Statistics compiled by the Government of India from the reports of provincial Civil Veterinary Departments
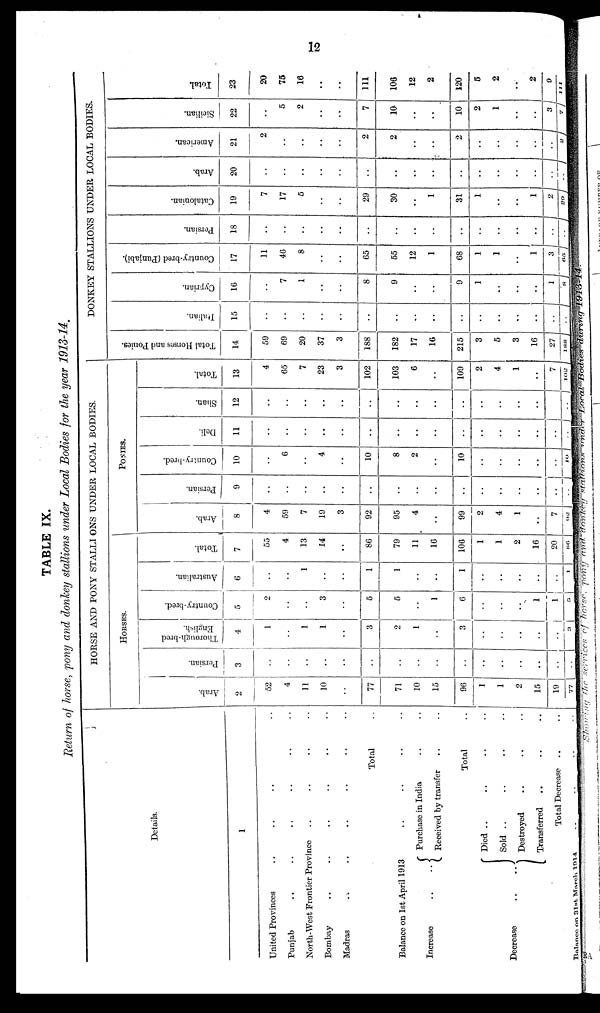
12
TABLE IX.
Return of horse, pony and donkey stallions under Local Bodies for the year 1913-14.
Details.
1
United Provinces .. .. .. ..
Punjab .. .. .. .. ..
North-West Frontier Pro
vince .. .. ..
Bombay .. .. .. ..
Madras .. .. .. .. ..
Total ..
Balance on 1st April 1913 .. .. .. ..
Increase
..
..
Purchase
in India .. ..
Received by transfer .. ..
Total ..
Decrease
..
..
Died .. .. .. ..
Sold
.. .. .. ..
Destroyed .. .. ..
Transferred .. .. .. ..
Total Decrease .. ..
Balance on 31st March 1914. .. .. .. ..
HORSE AND PONY STALLI ONS UNDER LOCAL BODIES.
HORSES.
Arab.
2
52
4
11
10
..
77
71
10
15
96
1
1
2
15
19
77
Persian.
3
..
..
..
..
..
..
..
..
..
..
..
..
..
..
..
Thorough-bred
English.
4
1
..
1
1
..
3
2
1
..
3
..
..
..
..
..
3
Country-bred.
5
2
..
..
3
..
5
5
..
1
6
..
..
..
1
1
5
Australian.
6
..
..
1
..
..
1
1
..
..
1
..
..
..
..
..
..
Total.
7
55
4
13
14
..
86
79
11
16
106
1
1
2
16
20
86
PONIES.
Arab.
8
4
59
7
19
3
92
95
4
..
99
2
4
1
..
7
92
Persian.
9
..
..
..
..
..
..
..
..
..
..
..
..
..
..
..
..
Country-bred.
10
..
6
..
4
..
10
8
2
..
10
..
..
..
..
..
10
Deli.
11
..
..
..
..
..
..
..
..
..
..
..
..
..
..
..
..
Shan.
12
..
..
..
..
..
..
..
..
..
..
..
..
..
..
..
..
Total.
13
4
65
7
23
3
102
103
6
..
109
2
4
1
..
7
102
DONKEY STALLIONS UNDER LOCAL BODIES.
Total Horses and Ponies.
14
59
69
20
37
3
188
182
17
16
215
3
5
3
16
27
188
Italian.
15
..
..
..
..
..
..
..
..
..
..
..
..
..
..
..
Cyprian.
16
..
7
1
..
..
8
9
..
..
9
1
..
..
..
1
8
Country-bred (Punjabi).
17
11
46
8
..
..
65
55
12
1
68
1
1
..
1
3
65
Per s i
an.
18
..
..
..
..
..
..
..
..
..
..
..
..
..
..
..
..
Cat al oni an.
19
7
17
5
..
..
29
30
..
1
31
1
..
..
1
2
29
Ar ab.
20
..
..
..
..
..
..
..
..
..
..
..
..
..
..
..
..
Ame r
i
c a n.
21
2
..
..
..
..
2
2
..
..
2
..
..
..
2
Si ci l i an.
22
..
5
2
..
..
7
10
..
..
10
2
1
..
..
3
7
Total.
23
20
75
16
..
..
111
106
12
2
120
5
2
..
2
9
...